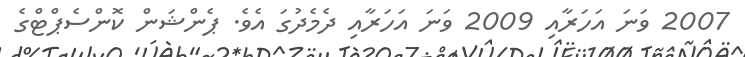
2007 ވަނަ އަހަރާއި 2009 ވަނަ އަހަރާއި ދެމެދުގަ އެވެ. ޕެންޝަން ކޮންސެޕްޓްގެ